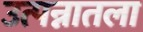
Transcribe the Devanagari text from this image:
उत्पन्नातला